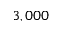
3 , 0 0 0